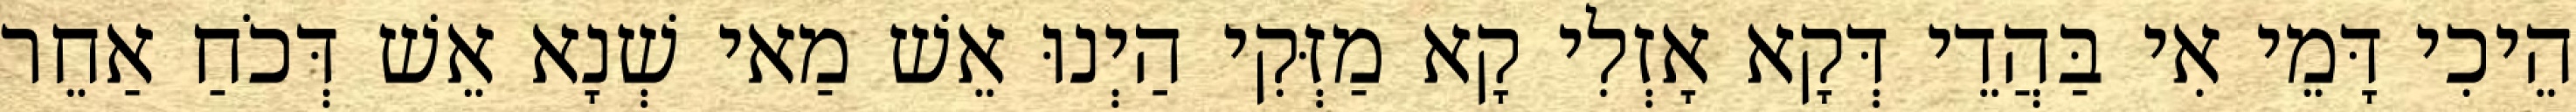
הֵיכִי דָּמֵי אִי בַּהֲדֵי דְּקָא אָזְלִי קָא מַזְּקִי הַיְנוּ אֵשׁ מַאי שְׁנָא אֵשׁ דְּכֹחַ אַחֵר